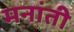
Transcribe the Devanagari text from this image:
मनांती